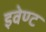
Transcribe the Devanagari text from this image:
इवेण्ट